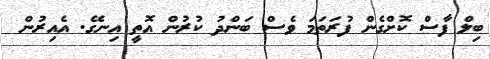
ބިލް ފާސް ކޮށްގެން ފުރަތަމަ ވެސް ބަންދު ކުރުން އޮތީ އިނގޭ. އެއިރުން